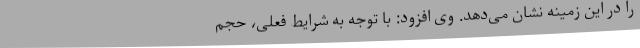
را در این زمینه نشان می‌دهد. وی افزود: با توجه به شرایط فعلی، حجم